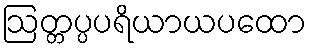
ဩတ္တပ္ပပရိယာယပထော